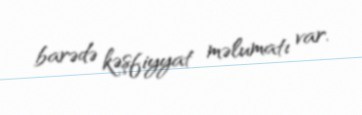
barədə kəşfiyyat məlumatı var.